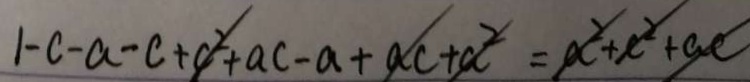
1 - c - a - c + c ^ { 2 } + a c - a + a c + a ^ { 2 } = a ^ { 2 } + c ^ { 2 } + a c